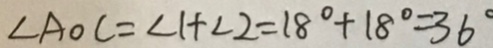
\angle A O C = \angle 1 + \angle 2 = 1 8 ^ { \circ } + 1 8 ^ { \circ } = 3 6 ^ { \circ }